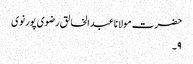
حضرت مولانا عبدالخالق رضوی پور نوی
۹۔